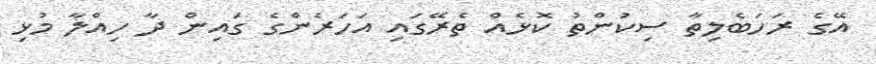
އޭގެ ރަހަބެލިތާ ސިކުންތު ކޮޅެއް ތެރޭގައި އަހަރެންގެ ގައިން ދާ ހިއްލާ މުޅި